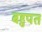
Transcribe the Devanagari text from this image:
बहुपत